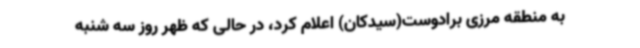
به منطقه مرزی برادوست(سیدکان) اعلام کرد، در حالی که ظهر روز سه شنبه